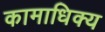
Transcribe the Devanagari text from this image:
कामाधिक्य